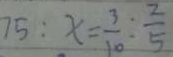
7 5 : x = \frac { 3 } { 1 0 } : \frac { 2 } { 5 }